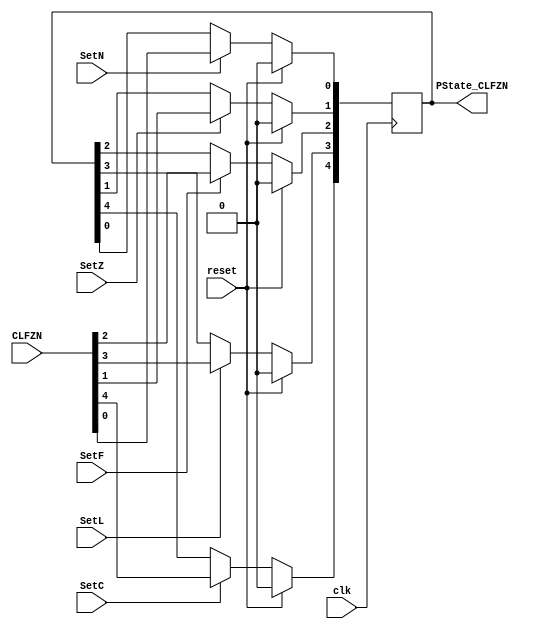
`timescale 1ns / 1ps
//////////////////////////////////////////////////////////////////////////////////
// Company: 
// Engineer: 
// 
// Design Name: 
// Module Name:    PSR 
// Project Name: 
// Target Devices: 
// Tool versions: 
// Description: 
//
// Dependencies: 
//
// Revision: 
// Revision 0.01 - File Created
// Additional Comments: 
//
//////////////////////////////////////////////////////////////////////////////////
module PSR(
    input SetC,
    input SetL,
    input SetF,
    input SetZ,
    input SetN,
    input [4:0] CLFZN,
    output reg [4:0] PState_CLFZN,
    input clk,
    input reset
    );

	always@(posedge clk)
		if (reset) PState_CLFZN  <= 0;
		else begin
			if (SetC)
				PState_CLFZN[4] <= CLFZN[4];
			if (SetL)
				PState_CLFZN[3] <= CLFZN[3];
			if (SetF)
				PState_CLFZN[2] <= CLFZN[2];
			if (SetZ)
				PState_CLFZN[1] <= CLFZN[1];
			if (SetN)
				PState_CLFZN[0] <= CLFZN[0];
		end

endmodule